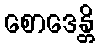
စောဒေန္တိ